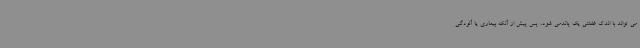
می تواند با اندک غفلتی یک پاندمی شود، پس پیش از آنکه بیماری یا آلودگی